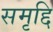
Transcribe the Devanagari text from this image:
समृद्दि